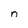
Character: n